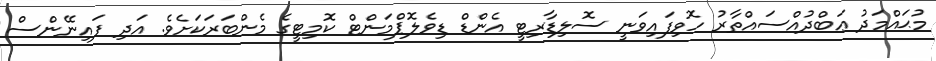
މުޙައްމަދު ޢަބްދުއްސައްތާރު ހޮވިފައިވަނީ ސޮލިޑާރިޓީ އެންޑް ޑިވެލޮޕްމަންޓް ކޮމިޓީގެ މެންބަރަކަށެވެ. އަދި ފައިނޭންސް